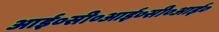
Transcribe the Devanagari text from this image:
आई०सी०आई०सी०आई०